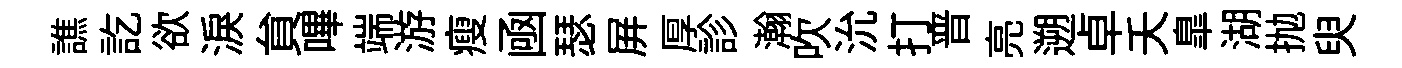
譙訖欲淚貟嗶端游瘦凾瑟屛厚診瀚吹沇打晋亮遡卓夭臯湖抛臾